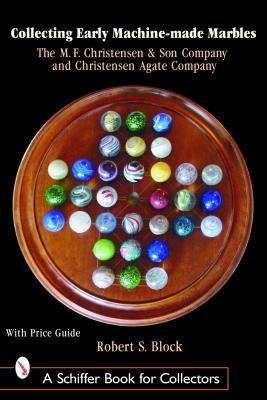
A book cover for [(Collecting Early Machine Made Marbles from the M.F. Christensen & Son Company and Christensen Agate Company )] [Author: Robert Block] [Jul-2007]; Robert Block; Crafts, Hobbies & Home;